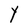
Character: Y